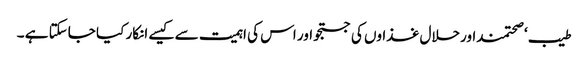
طیب ‘ صحتمنداورحلال غذاوں کی جستجو اور اس کی اہمیت سے کیسے انکار کیا جاسکتا ہے ۔